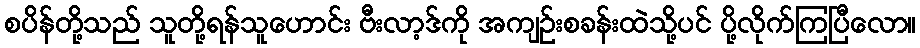
စပိန်တို့သည် သူတို့ရန်သူဟောင်း ဗီးလာ့ဒ်ကို အကျဉ်းစခန်းထဲသို့ပင် ပို့လိုက်ကြပြီလော။